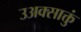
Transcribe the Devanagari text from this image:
उअक्साक्तुं